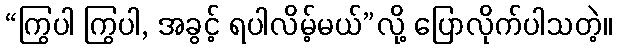
“ကြွပါ ကြွပါ, အခွင့် ရပါလိမ့်မယ်”လို့ ပြောလိုက်ပါသတဲ့။